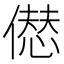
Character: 𠎝